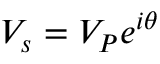
V _ { s } = V _ { P } e ^ { i \theta }